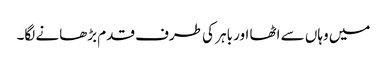
میں وہاں سے اٹھا اور باہر کی طرف قدم بڑھانے لگا۔